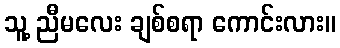
သူ့ ညီမလေး ချစ်စရာ ကောင်းလား။